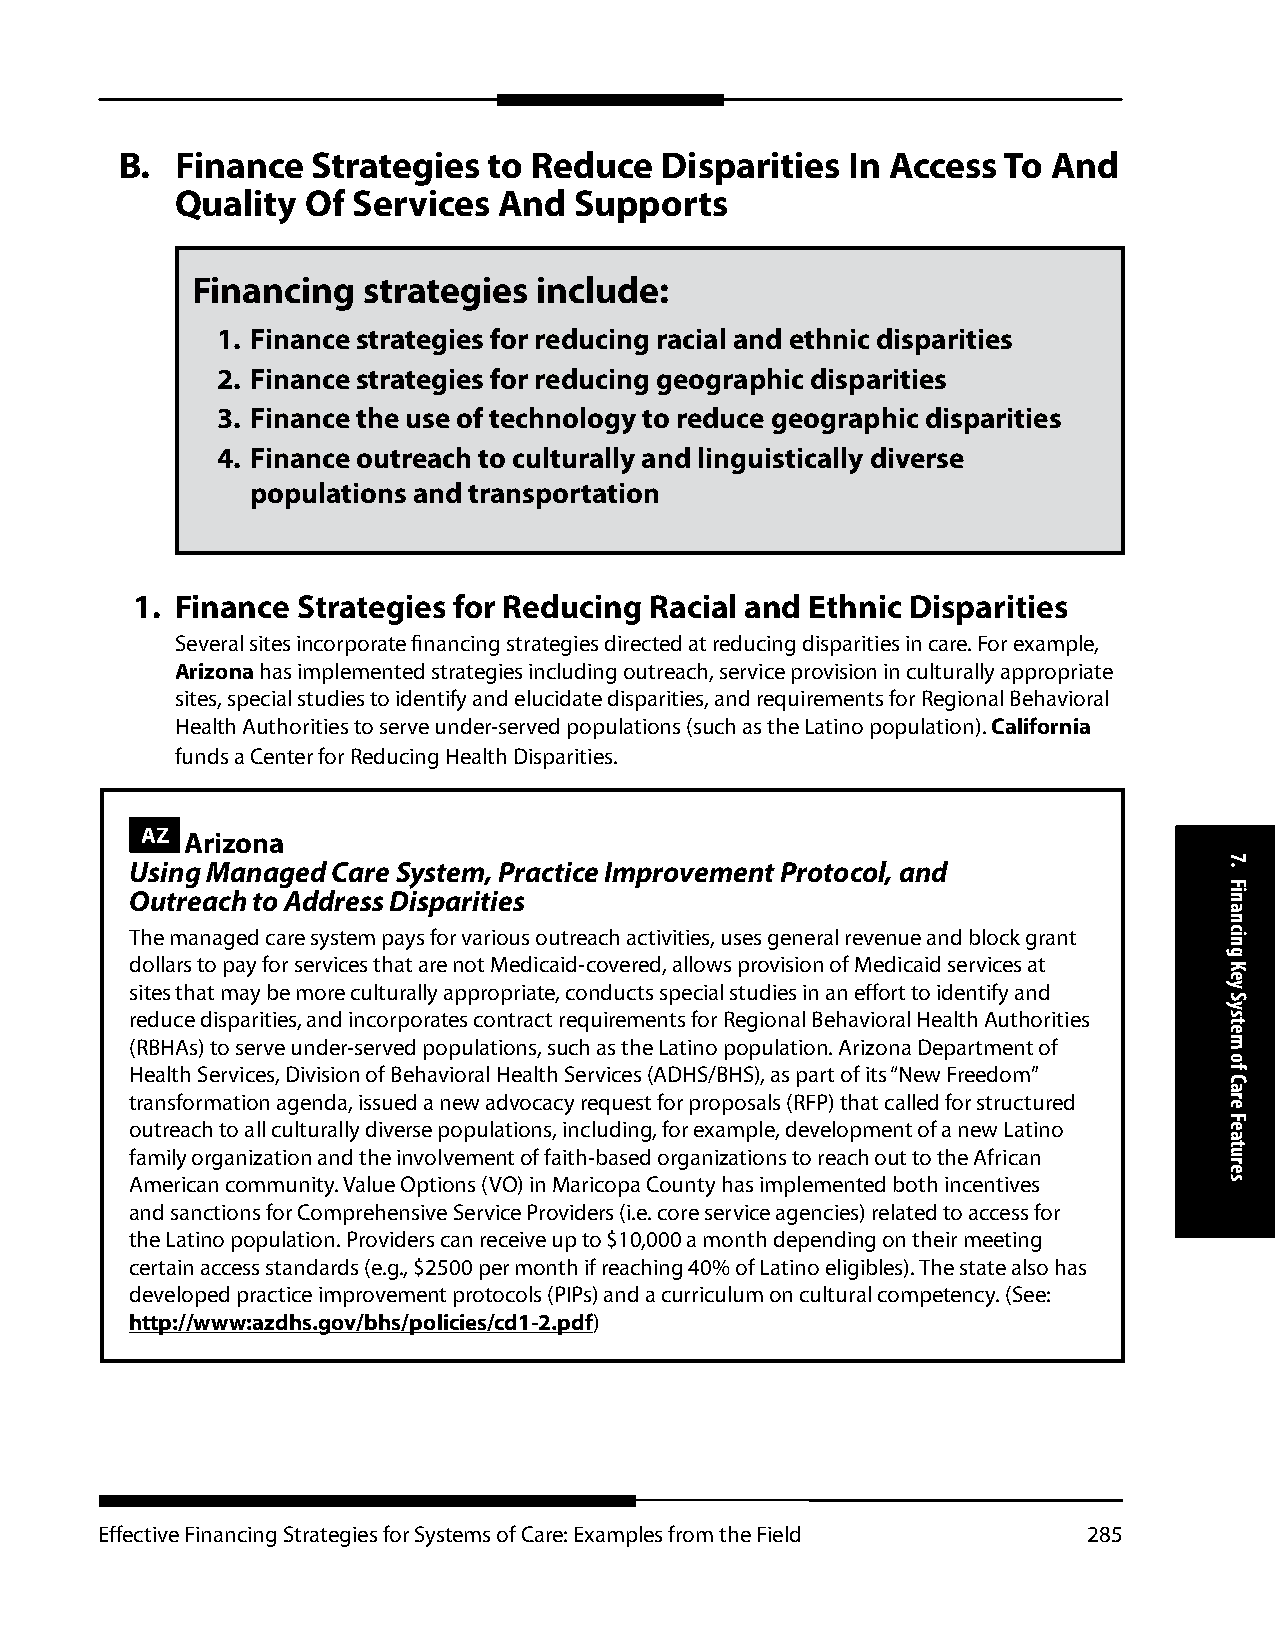
B.  Finance  Strategies to Reduce   Disparities In Access To  And
 Quality Of Services  And  Supports
 Financing  strategies include:
 1. Finance strategies for reducing racial and ethnic disparities
 2. Finance strategies for reducing geographic disparities
 3. Finance the use of technology to reduce geographic disparities
 4. Finance outreach to culturally and linguistically diverse
 populations and transportation
 1. Finance Strategies for Reducing Racial and Ethnic Disparities
 Several sites incorporate financing strategies directed at reducing disparities in care. For example,
 Arizona has implemented strategies including outreach, service provision in culturally appropriate
 sites, special studies to identify and elucidate disparities, and requirements for Regional Behavioral
 Health Authorities to serve under-served populations (such as the Latino population). California
 funds a Center for Reducing Health Disparities.
 AZ Arizona
 Using Managed Care System, Practice Improvement Protocol, and
 Outreach to Address Disparities
 The managed care system pays for various outreach activities, uses general revenue and block grant
 dollars to pay for services that are not Medicaid-covered, allows provision of Medicaid services at
 sites that may be more culturally appropriate, conducts special studies in an effort to identify and
 reduce disparities, and incorporates contract requirements for Regional Behavioral Health Authorities
 (RBHAs) to serve under-served populations, such as the Latino population. Arizona Department of
 Health Services, Division of Behavioral Health Services (ADHS/BHS), as part of its “New Freedom”
 transformation agenda, issued a new advocacy request for proposals (RFP) that called for structured
 outreach to all culturally diverse populations, including, for example, development of a new Latino
 family organization and the involvement of faith-based organizations to reach out to the African
 American community. Value Options (VO) in Maricopa County has implemented both incentives
 and sanctions for Comprehensive Service Providers (i.e. core service agencies) related to access for
 the Latino population. Providers can receive up to $10,000 a month depending on their meeting
 certain access standards (e.g., $2500 per month if reaching 40% of Latino eligibles). The state also has
 developed practice improvement protocols (PIPs) and a curriculum on cultural competency. (See:
 http://www:azdhs.gov/bhs/policies/cd1-2.pdf)
 Effective Financing Strategies for Systems of Care: Examples from the Field 285
 7.
 Financing
 Key
 System
 of
 Care
 Features